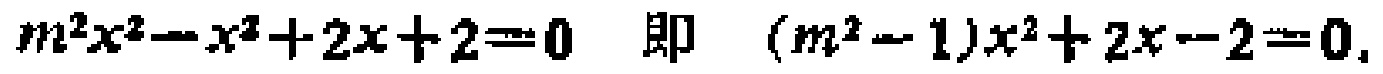
\(m^{2}x^{2}-x^{2}+2x + 2 = 0\) 即 \((m^{2}-1)x^{2}+2x - 2 = 0\)